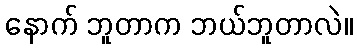
နောက် ဘူတာက ဘယ်ဘူတာလဲ။